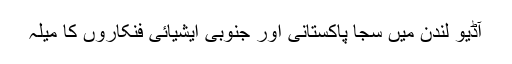
آڈیو لندن میں سجا پاکستانی اور جنوبی ایشیائی فنکاروں کا میلہ